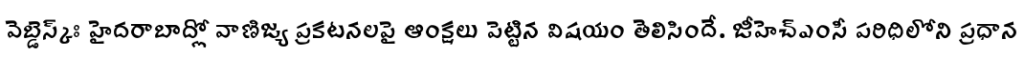
వెబ్డెస్క్ః హైదరాబాద్లో వాణిజ్య ప్రకటనలపై ఆంక్షలు పెట్టిన విషయం తెలిసిందే. జీహెచ్ఎంసీ పరిధిలోని ప్రధాన